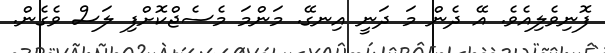
ފޮނިވެލިއެވެ. އޭ ދެން މަ ދަނީ އިނގޭ. މަންމަ މެސެޖްކޮށްފި ލަސް ވެގެން.